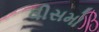
વીસમો